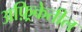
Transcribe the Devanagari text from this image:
अफ़्रिकेतील